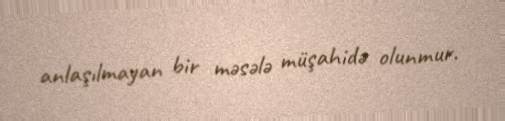
anlaşılmayan bir məsələ müşahidə olunmur.